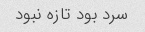
سرد بود تازه نبود